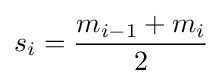
s_{i}={\frac {m_{i-1}+m_{i}}{2}}